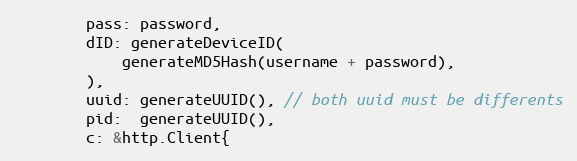
Language: Go
		pass: password,
		dID: generateDeviceID(
			generateMD5Hash(username + password),
		),
		uuid: generateUUID(), // both uuid must be differents
		pid:  generateUUID(),
		c: &http.Client{